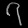
Digit: ၇